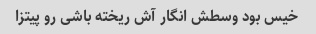
خیس بود وسطش انگار آش ریخته باشی رو پیتزا